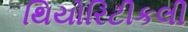
થિયોરિટીકલી